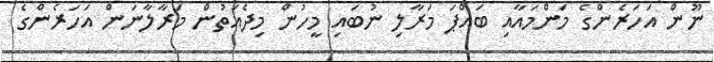
ނޫން އަހަރެންގެ މަންމައާއި ބައްޕަ މަރާލި ނުބައި މީހުން މިދެއަތުން މަރާލާނަން އަހަރެންގެ